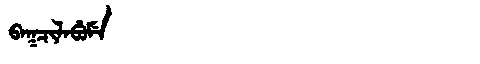
Manchu: ᠪᠠᡴᠴᡳᠯᠠᠪᡠᠮᡝ
Romanization: BAKCILABUME